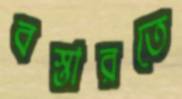
বস্তারতে